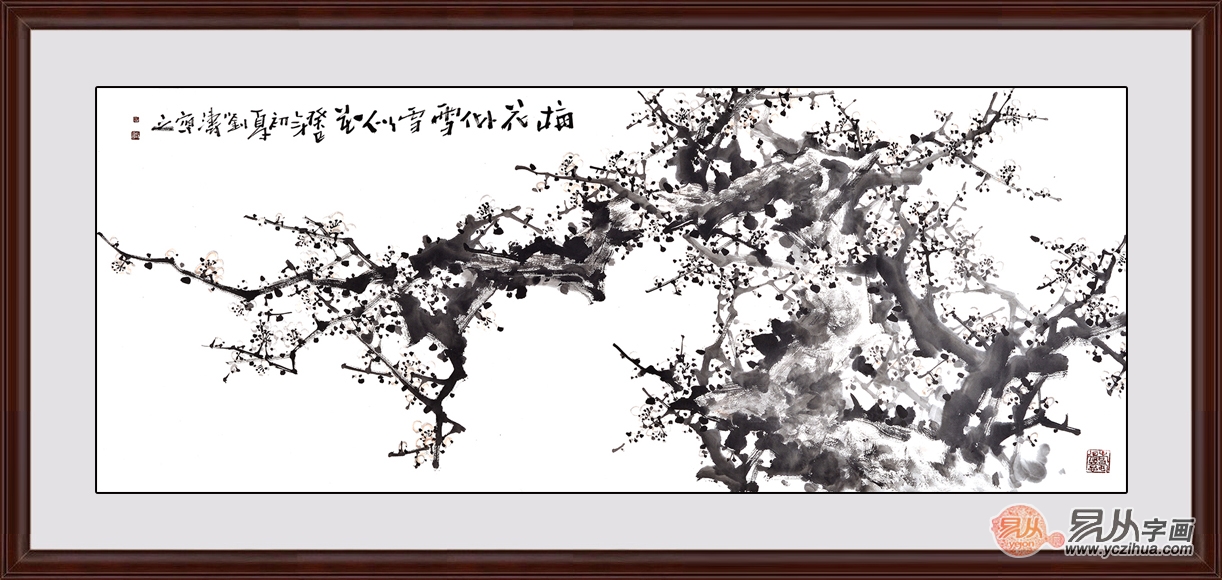
雪似梅花，梅花似雪。